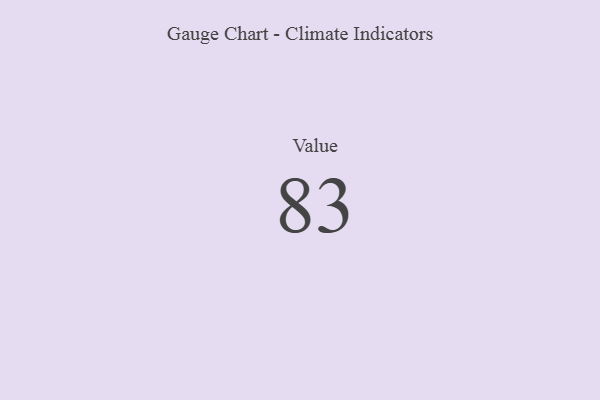
{"axis": {"x": "Metric", "y": "Value"}, "legend": [""], "data": [{"x": "Value", "y": 83, "type": ""}]}